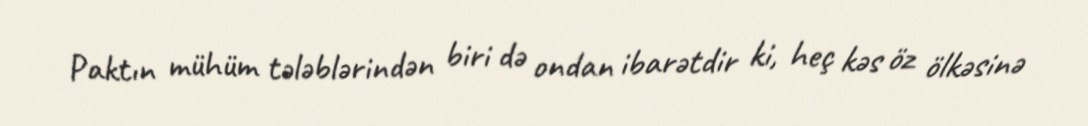
Paktın mühüm tələblərindən biri də ondan ibarətdir ki, heç kəs öz ölkəsinə